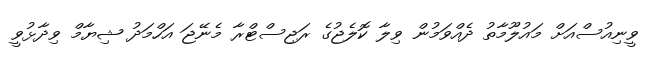
ވީނިއުސްއަށް މައުލޫމާތު ދެއްވަމުން ވިލާ ކޮލެޖުގެ ރަޖިސްޓްރާ މެނޭޖަ އަހްމަދު ޝިޔާމް ވިދާޅުވީ